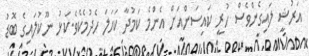
އަރުޝީ ލައިގެންވެސް ހުރީ ކައިސަންއަށް އެންމެ ކަމުދާ ކަހަލަ ހެދުމެކެވެ.ކަޅު ނޫކުލައިގެ ބޮޑު